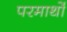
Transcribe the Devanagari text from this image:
परमार्थो